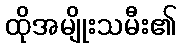
ထိုအမျိုးသမီး၏